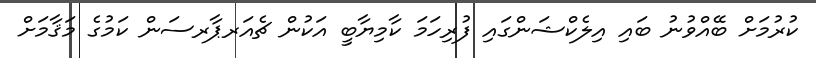
ކުރުމަށް ބޭއްވުނު ބައި އިލެކްޝަންގައި ފުރިހަމަ ކާމިޔާބީ އަކުން ޗެއަރޕާރސަން ކަމުގެ މަޤާމަށް